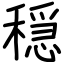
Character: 穏